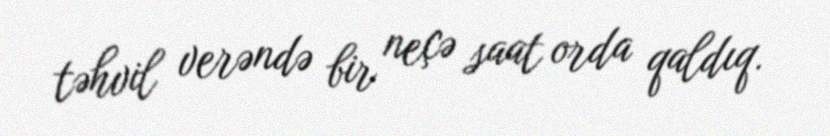
təhvil verəndə bir neçə saat orda qaldıq.